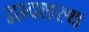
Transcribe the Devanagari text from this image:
द्वादशस्थ